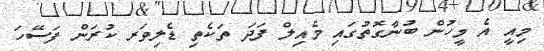
މިއީ އެ މީހުން ބުނާގޮތުގައި މެއިލް ފަދަ ތަކެތި ޑެލިވަރ ކުރަން ފަސޭހަ